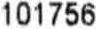
101756